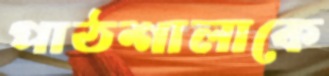
পাঠশালাকে